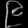
Digit: ၉